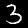
Digit: 3